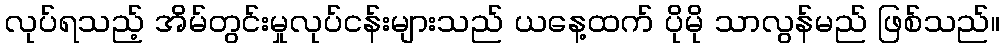
လုပ်ရသည့် အိမ်တွင်းမှုလုပ်ငန်းများသည် ယနေ့ထက် ပိုမို သာလွန်မည် ဖြစ်သည်။